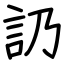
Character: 䚮